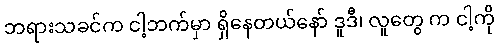
ဘရားသခင်က ငါ့ဘက်မှာ ရှိနေတယ်နော် ဒူဒီ၊ လူတွေ က ငါ့ကို